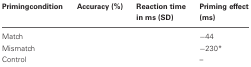
<table><thead><tr><td><b>Primingcondition</b></td><td><b>Accuracy (%)</b></td><td><b>Reaction time in ms (SD)</b></td><td><b>Priming effect (ms)</b></td></tr></thead><tbody><tr><td>Match</td><td>[EMPTY_CELL]</td><td>[EMPTY_CELL]</td><td>−44</td></tr><tr><td>Mismatch</td><td>[EMPTY_CELL]</td><td>[EMPTY_CELL]</td><td>−230<sup>*</sup></td></tr><tr><td>Control</td><td>[EMPTY_CELL]</td><td>[EMPTY_CELL]</td><td>–</td></tr></tbody></table>